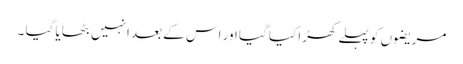
مریضوں کو پہلے کھڑا کیا گیا اور اس کے بعد انہیں بٹھایا گیا ۔